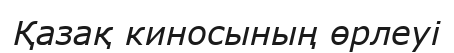
Қазақ киносының өрлеуі